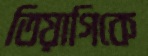
তিয়াগিকে